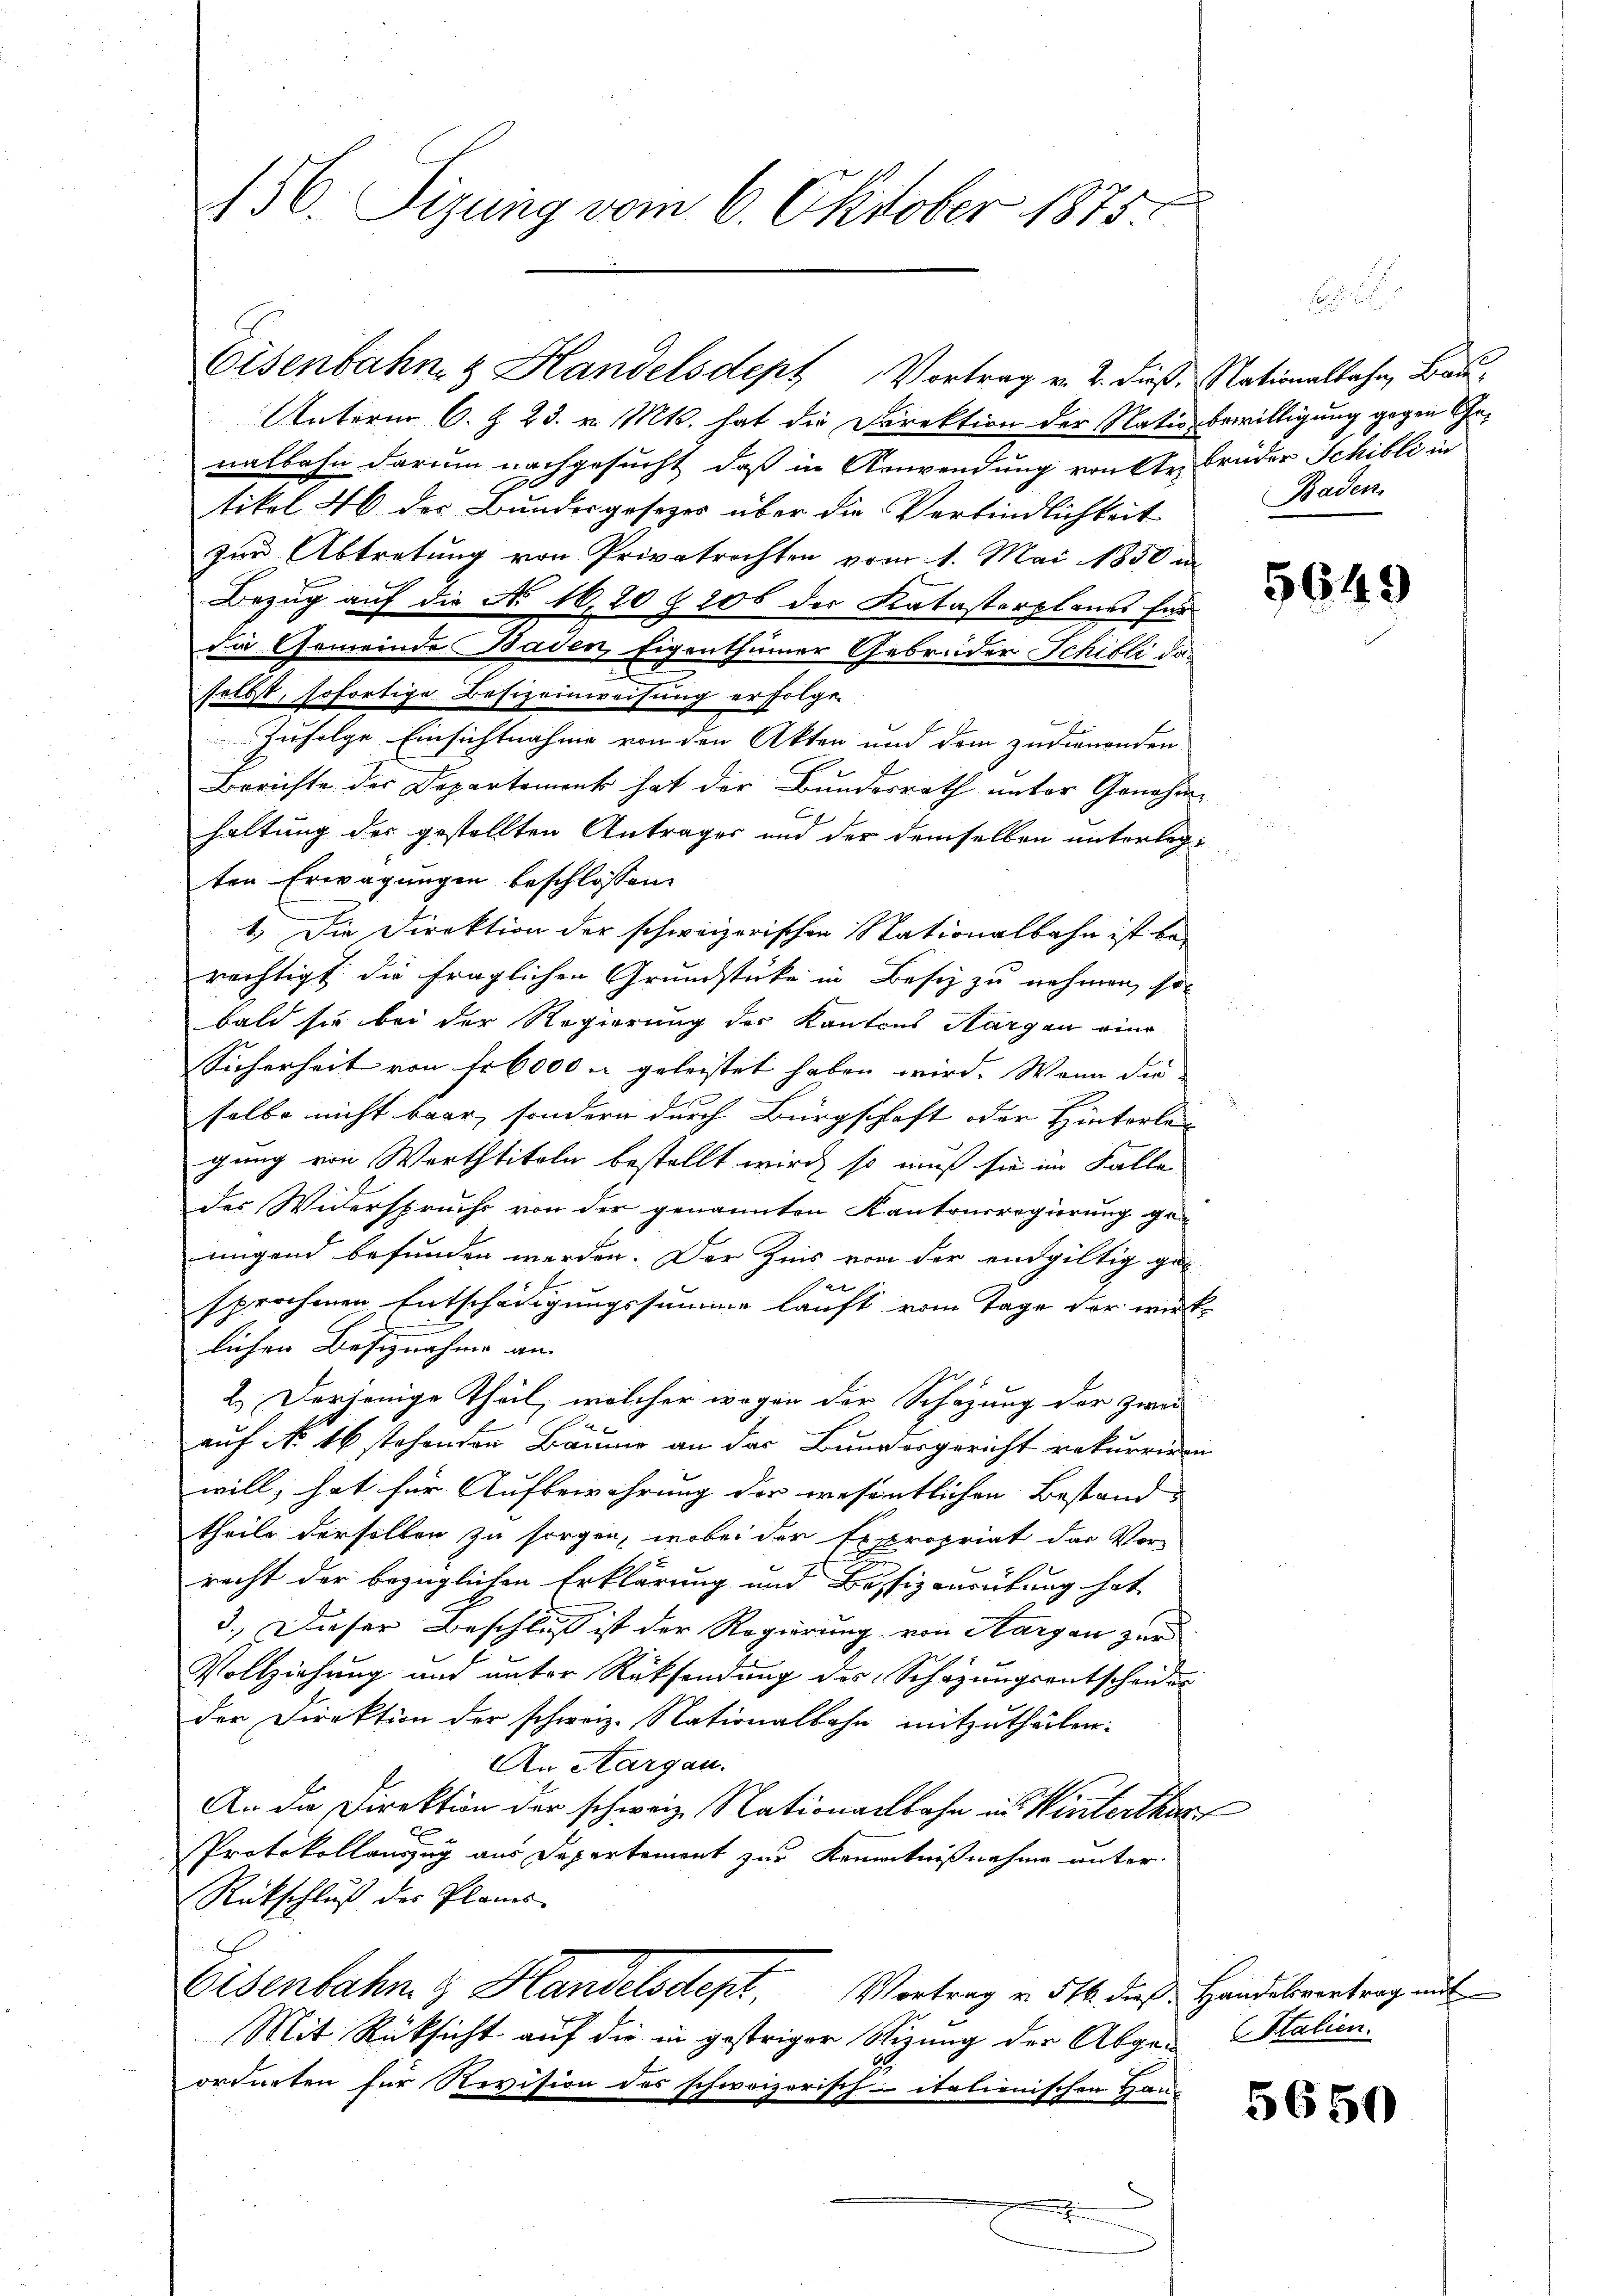
156. Sizung vom 6. Oktober 1875.

Unterm 6. Z. 23. v. Mts. hat die Direktion der Natio bewilligung gegen Genalbahn darum nachgesucht, daß in Anwendung von der Brüder Schibli in
tikel 46 des Bundesgesezes über die Verbindlichkeit
zur Abtretung von Privatrechten vom 1. Mai 1850 in
Bezug auf die No 16,20 § 206 der Katasterplanes für
Die Gemeinde Baden, Eigenthümer Gebrüder Schilli daselbst, sofortige Besizeinweisung erfolgen
Zufolge Einsichtnahme von den Akten und dem zudienenden
Berichte der Departement hat der Bundesrath unter Genehmhaltung der gestellten Antrages und der demselben unterlegten Erwägungen beschlossen:
1.) Die Direktion der schweizerischen Stationalbahn ist be-
rechtigt die fraglichen Grundstücke in Besiz zu nehmen, so
bald sie bei der Regierung des Kantons Aargau eine
Sicherheit von Fr. 6000 u geleistet haben wird. Wenn die
selbe nicht baar, sondern durch Bürgschaft oder Hinterlan- |
gung von Warttiteln bestellt wird, so muß sie im Falle
des Widerspruchs von der genannten Kantonsregierung geiigend befunden werden. Der Zins von der endgültig geser f
sprochenen Entschädigungssumme lauft vom Tage der wirk-
lichen Besiznahme an- |
2.) Derjenige Theil, welcher wegen der Schazung der zwei
auf No 16 stehenden Bäume an das Bunvorgericht rekurriren
will, hat für Aufbewahrung der wesentlichen Bestand
theile derselben zu sorgen, wobei der Expropriat das Vor-
recht der bezüglichen Erklärung und Bussizausübung hat
3.) Dieser Beschluß ist der Regierung von Aargau zur
Vollziehung und unter Rücksendung des Schazungsentscheider
der Direktion der schweiz. Nationalbahn mitzutheilen:
An Aargau.
An die Direktion der schweiz. Nationalbahn in Winterthur
E
Protokollauszug aus Departement zur Kenntnißnahme unter
Rückschluß des Planes
Eisenbahn & Handelsdept. Vortrag v. 516. dieß: Handelsvertrag mit
Mit Rücksicht auf die in gestriger Stizung der Abgei (Stalien.
ordneten für Revision des schweizerisch-italionischen Hau
h

Eisenbahn & Handelsdept Vortrag v. 2. dieß, Nationalbahn, Bau¬

Baden.

5649